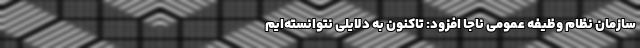
سازمان نظام وظیفه عمومی ناجا افزود: تاکنون به دلایلی نتوانسته‌ایم